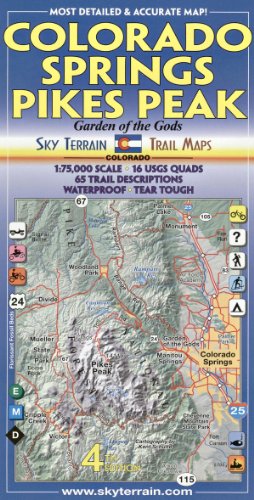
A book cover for Colorado Springs & Pikes Peak Trail Map 4th Edition; Kent Schulte; Travel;